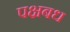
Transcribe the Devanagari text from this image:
पक्षबध